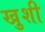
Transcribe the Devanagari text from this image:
खु़शी